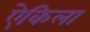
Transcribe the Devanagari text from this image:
ऐकिला